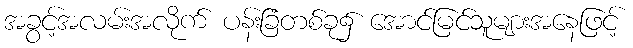
အခွင့်အလမ်းအလိုက် ပန်းခြံတစ်ခု၌ အောင်မြင်သူများအနေဖြင့်